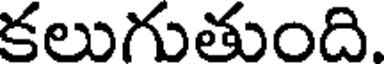
కలుగుతుంది.